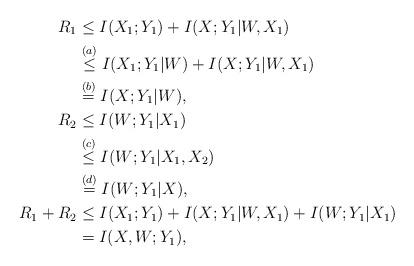
LaTeX: \begin{align*} R_1 &\le I(X_1;Y_1) + I(X;Y_1|W,X_1)\\* &\stackrel{(a)}{\le} I(X_1;Y_1|W) + I(X;Y_1|W,X_1)\\* &\stackrel{(b)}{=} I(X;Y_1|W),\\ R_2 &\le I(W;Y_1|X_1)\\* &\stackrel{(c)}{\le} I(W;Y_1|X_1,X_2)\\* &\stackrel{(d)}= I(W;Y_1|X),\\ R_1 + R_2 &\le I(X_1;Y_1) + I(X;Y_1|W,X_1) + I(W;Y_1|X_1)\\* &= I(X,W;Y_1), \end{align*}